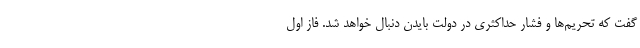
گفت که تحریم‌ها و فشار حداکثری در دولت بایدن دنبال خواهد شد. فاز اول